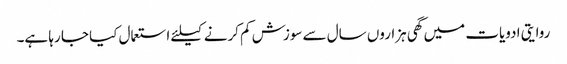
روایتی ادویات میں گھی ہزاروں سال سے سوزش کم کرنے کیلئے استعمال کیا جا رہا ہے۔